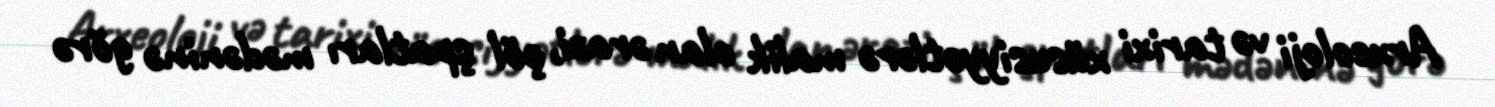
Arxeoloji və tarixi xüsusiyyətlərə malik olan ərazi, çöl şpatları mədəninə görə